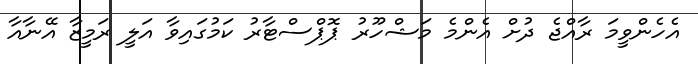
އެހެންވީމަ ރާއްޖެ ދުށް އެންމެ މަޝްހޫރު ޕޮޕްސްޓާރު ކަމުގައިވާ އަލީ ރަމީޒާ އޭނާއާ